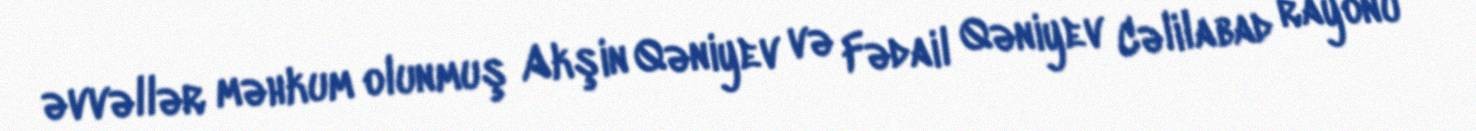
əvvəllər məhkum olunmuş Akşin Qəniyev və Fədail Qəniyev Cəlilabad rayonu